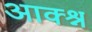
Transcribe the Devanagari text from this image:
आक्श्न